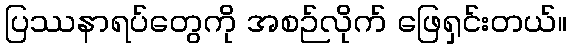
ပြဿနာရပ်တွေကို အစဉ်လိုက် ဖြေရှင်းတယ်။